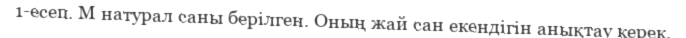
1-есеп. М натурал саны берілген. Оның жай сан екендігін анықтау керек.